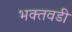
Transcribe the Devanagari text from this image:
भक्तवडी